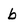
Character: b